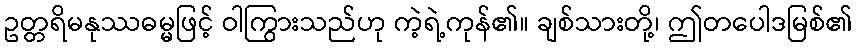
ဥတ္တရိမနုဿဓမ္မဖြင့် ဝါကြွားသည်ဟု ကဲ့ရဲ့ကုန်၏။ ချစ်သားတို့၊ ဤတပေါဒမြစ်၏